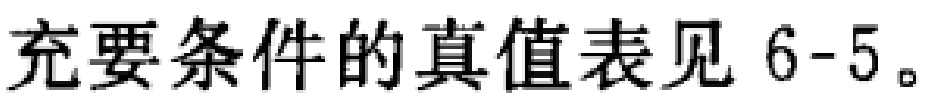
充要条件的真值表见 6-5。